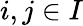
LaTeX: i,j\in I